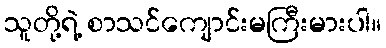
သူတို့ရဲ့ စာသင်ကျောင်းမကြီးမားပါ။